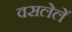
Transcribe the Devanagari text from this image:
वसलेलें